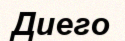
Диего